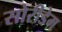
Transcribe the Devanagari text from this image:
सोरीडेम